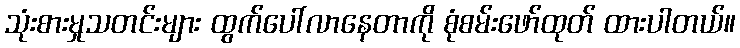
သုံးစားမှုသတင်းများ ထွက်ပေါ်လာနေတာကို စုံစမ်းဖော်ထုတ် ထားပါတယ်။